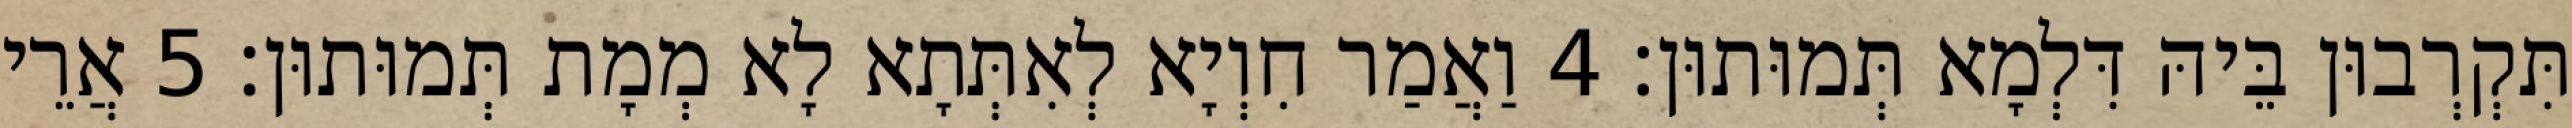
תִּקְרְבוּן בֵּיהּ דִּלְמָא תְּמוּתוּן׃ 4 וַאֲמַר חִוְיָא לְאִתְּתָא לָא מְמָת תְּמוּתוּן׃ 5 אֲרֵי